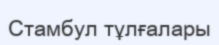
Стамбул тұлғалары